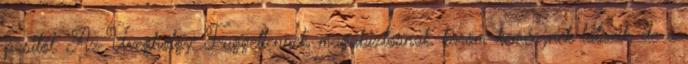
pasitól. Az Üveghölgy: Függetlennek, magabiztosnak, köröm-keménynek látszik, de a